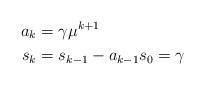
LaTeX: \begin{align*}\begin{aligned} a_k&=\gamma\mu^{k+1}\\s_{k}&=s_{k-1}-a_{k-1} s_0=\gamma\end{aligned}\end{align*}